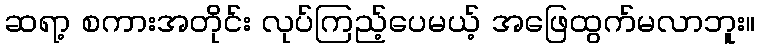
ဆရာ့ စကားအတိုင်း လုပ်ကြည့်ပေမယ့် အဖြေထွက်မလာဘူး။